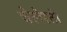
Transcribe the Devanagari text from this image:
चेलेस्ती